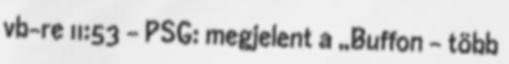
vb-re 11:53 - PSG: megjelent a „Buffon – több